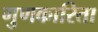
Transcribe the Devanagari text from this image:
गुणकारिता